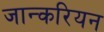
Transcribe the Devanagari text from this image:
जान्करियन